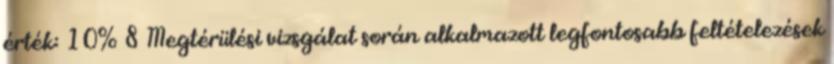
érték: 10% 8 Megtérülési vizsgálat során alkalmazott legfontosabb feltételezések